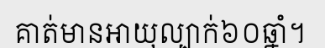
គាត់មានអាយុល្បាក់៦០ឆ្នាំ។